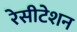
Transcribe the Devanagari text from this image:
रेसीटेशन